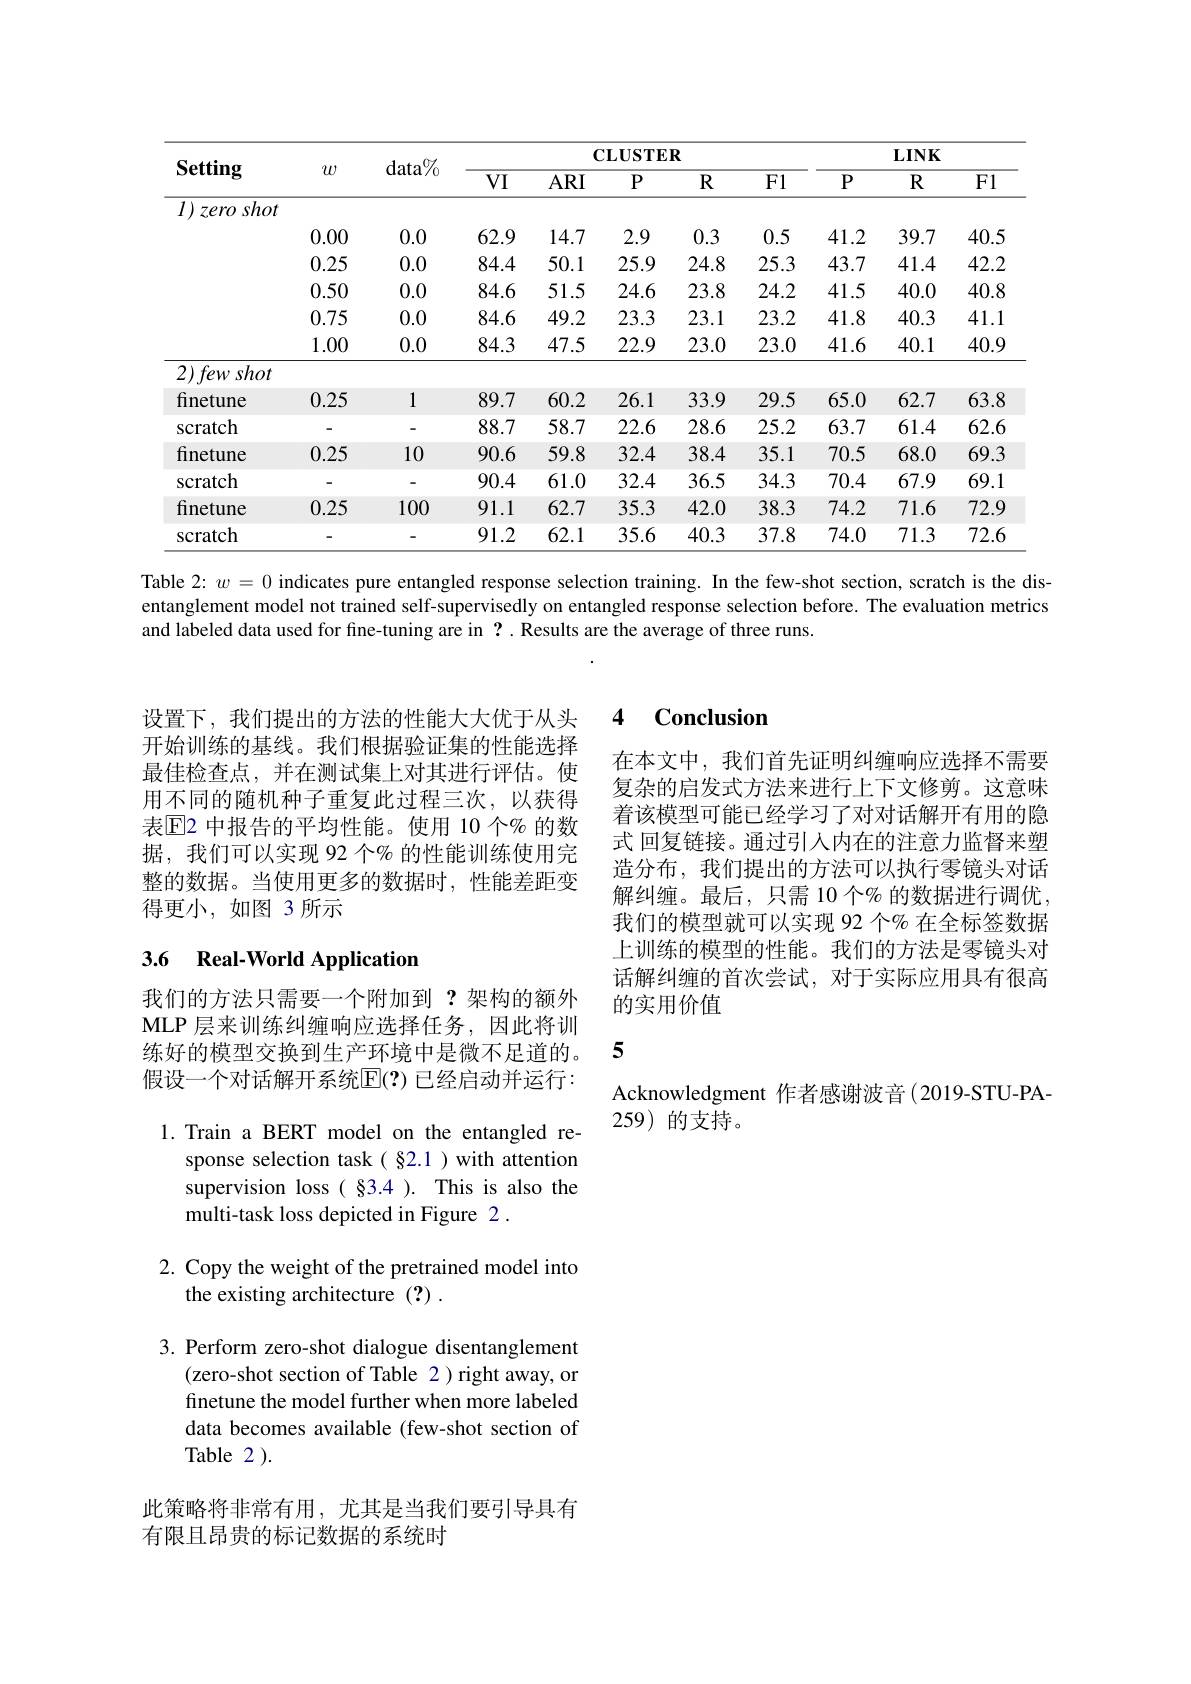
<table>
	<tbody>
		<tr>
			<th rowspan="2">Setting</th>
			<th rowspan="2">$w$</th>
			<th rowspan="2">$data\%$</th>
			<th colspan="5">$\mathbf{CLUSTER}$</th>
			<th colspan="3">$\mathbf{LINK}$</th>
		</tr>
		<tr>
			<th>$VI$</th>
			<th>$ARI$</th>
			<th>$P$</th>
			<th>$R$</th>
			<th>F1</th>
			<th>$P$</th>
			<th>$R$</th>
			<th>F1</th>
		</tr>
		<tr>
			<td>$I)$ $zero.$ shot</td>
			<td> </td>
			<td> </td>
			<td> </td>
			<td> </td>
			<td> </td>
			<td> </td>
			<td> </td>
			<td> </td>
			<td> </td>
			<td> </td>
		</tr>
		<tr>
			<td> </td>
			<td>0.00</td>
			<td>0.0</td>
			<td>62.9</td>
			<td>14.7</td>
			<td>2.9</td>
			<td>0.3</td>
			<td>0.5</td>
			<td>41.2</td>
			<td>39.7</td>
			<td>40.5</td>
		</tr>
		<tr>
			<td> </td>
			<td>0.25</td>
			<td>0.0</td>
			<td>84.4</td>
			<td>50.1</td>
			<td>25.9</td>
			<td>24.8</td>
			<td>25.3</td>
			<td>43.7</td>
			<td>41.4</td>
			<td>42.2</td>
		</tr>
		<tr>
			<td> </td>
			<td>0.50</td>
			<td>0.0</td>
			<td>84.6</td>
			<td>51.5</td>
			<td>24.6</td>
			<td>23.8</td>
			<td>24.2</td>
			<td>41.5</td>
			<td>40.0</td>
			<td>40.8</td>
		</tr>
		<tr>
			<td> </td>
			<td>0.75</td>
			<td>0.0</td>
			<td>84.6</td>
			<td>49.2</td>
			<td>23.3</td>
			<td>23.1</td>
			<td>23.2</td>
			<td>41.8</td>
			<td>40.3</td>
			<td>41.1</td>
		</tr>
		<tr>
			<td> </td>
			<td>1.00</td>
			<td>0.0</td>
			<td>84.3</td>
			<td>47.5</td>
			<td>22.9</td>
			<td>23.0</td>
			<td>23.0</td>
			<td>41.6</td>
			<td>40.1</td>
			<td>40.9</td>
		</tr>
		<tr>
			<td>$2)fews$ shot</td>
			<td> </td>
			<td> </td>
			<td> </td>
			<td> </td>
			<td> </td>
			<td> </td>
			<td> </td>
			<td> </td>
			<td> </td>
			<td> </td>
		</tr>
		<tr>
			<td>finetune</td>
			<td>0.25</td>
			<td>1</td>
			<td>89.7</td>
			<td>60.2</td>
			<td>26.1</td>
			<td>33.9</td>
			<td>29.5</td>
			<td>65.0</td>
			<td>62.7</td>
			<td>63.8</td>
		</tr>
		<tr>
			<td>Scratch</td>
			<td> </td>
			<td> </td>
			<td>88.7</td>
			<td>58.7</td>
			<td>22.6</td>
			<td>28.6</td>
			<td>25.2</td>
			<td>63.7</td>
			<td>61.4</td>
			<td>62.6</td>
		</tr>
		<tr>
			<td>finetune</td>
			<td>0.25</td>
			<td>10</td>
			<td>90.6</td>
			<td>59.8</td>
			<td>32.4</td>
			<td>38.4</td>
			<td>35.1</td>
			<td>70.5</td>
			<td>68.0</td>
			<td>69.3</td>
		</tr>
		<tr>
			<td>Scratch</td>
			<td> </td>
			<td> </td>
			<td>90.4</td>
			<td>61.0</td>
			<td>32.4</td>
			<td>36.5</td>
			<td>34.3</td>
			<td>70.4</td>
			<td>67.9</td>
			<td>69.1</td>
		</tr>
		<tr>
			<td>finetune</td>
			<td>0.25</td>
			<td>100</td>
			<td>91.1</td>
			<td>62.7</td>
			<td>35.3</td>
			<td>42.0</td>
			<td>38.3</td>
			<td>74.2</td>
			<td>71.6</td>
			<td>72.9</td>
		</tr>
		<tr>
			<td>SCratch</td>
			<td> </td>
			<td> </td>
			<td>91.2</td>
			<td>62.1</td>
			<td>35.6</td>
			<td>40.3</td>
			<td>37.8</td>
			<td>74.0</td>
			<td>71.3</td>
			<td>72.6</td>
		</tr>
	</tbody>
</table>

Table $2{:}w=0$ indicates pure entangled response selection training. In the few-shot section, scratch is the disentanglement model not trained self-supervisedly on entangled response selection before. The evaluation metrics and labeled data used for fine-tuning are in ? . Results are the average of three runs.

设置下，我们提出的方法的性能大大优于从头开始训练的基线。我们根据验证集的性能选择最佳检查点，并在测试集上对其进行评估。使用不同的随机种子重复此过程三次，以获得表$\overline{\mathrm{E}}$2 中报告的平均性能。使用 10 个% 的数据，我们可以实现 92 个% 的性能训练使用完整的数据。当使用更多的数据时，性能差距变得更小，如图 3 所示

### 3.6 Real-World Applicatior

我们的方法只需要一个附加到？架构的额外MLP 层来训练纠缠响应选择任务，因此将训练好的模型交换到生产环境中是微不足道的。假设一个对话解开系统$\mathbb{E}(?)$ 已经启动并运行： 1. Train a BERT model on the entangled re-
sponse selection task( §2.1 ) with attention supervision loss( §3.4 ). This is also the multi-task loss depicted in Figure 2 .

2. Copy the weight of the pretrained model into
## the existing architecture (?) .

3. Perform zero-shot dialogue disentanglement
(zero-shot section of Table 2) right away, or finetune the model further when more labeled data becomes available (few-shot section of Table 2 ).

此策略将非常有用，尤其是当我们要引导具有
有限且昂贵的标记数据的系统时

### 4 $\textbf{Conclusion}$

在本文中，我们首先证明纠缠响应选择不需要复杂的启发式方法来进行上下文修剪。这意味着该模型可能已经学习了对对话解开有用的隐式 回复链接。通过引人内在的注意力监督来塑造分布，我们提出的方法可以执行零镜头对话解纠缠。最后，只需 10 个% 的数据进行调优我们的模型就可以实现 92 个% 在全标签数据上训练的模型的性能。我们的方法是零镜头对话解纠缠的首次尝试，对于实际应用具有很高的实用价值

5

Acknowledgment 作者感谢波音(2019-STU-PA-
259)的支持。